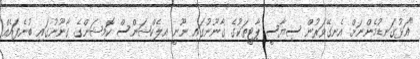
"އަޅުގަނޑުމެންނަށް އެނގޭވަރުން ސިޔާސީ ޕާޓީތަކުގެ ގާނޫނުގައި ނޫނީ އިލެކްޝަންސް ކޮމިޝަންގެ ގާނޫނުގައި ބުނެފައެއް